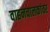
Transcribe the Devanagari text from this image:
वाहनचालकांवर